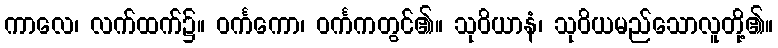
ကာလေ၊ လက်ထက်၌။ ဝင်္ကကော၊ ဝင်္ကကတွင်၏။ သုဝိယာနံ၊ သုဝိယမည်သောလူတို့၏။